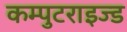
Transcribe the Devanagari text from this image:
कम्पुटराइज्ड